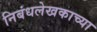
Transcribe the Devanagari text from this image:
निबंधलेखकाच्या